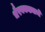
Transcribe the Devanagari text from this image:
भैरवकड्याचे